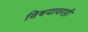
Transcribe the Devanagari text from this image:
विषयावरही